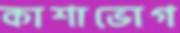
কাশাভোগ